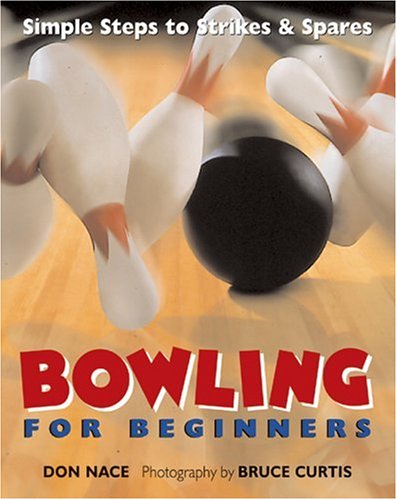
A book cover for Bowling For Beginners: Simple Steps to Strikes & Spares; Don Nace; Sports & Outdoors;